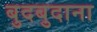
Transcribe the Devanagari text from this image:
बुदबुदाना